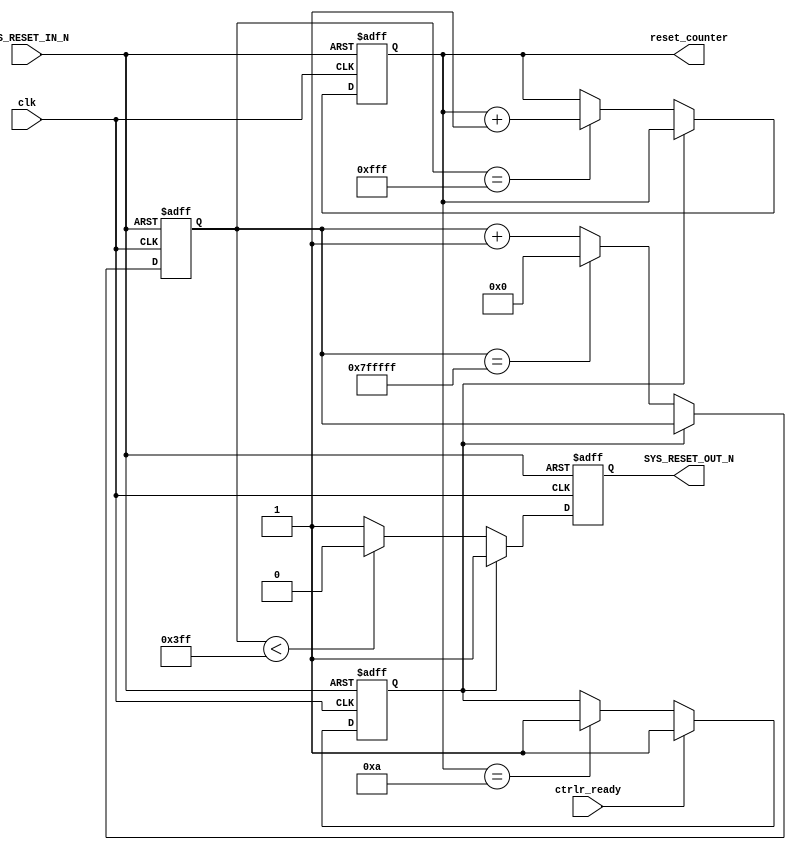
///////////////////////////////////////////////////////////////////////////////////////////////////
// Company: <Name>
//
// File history:
//      <Revision number>: <Date>: <Comments>
//      <Revision number>: <Date>: <Comments>
//      <Revision number>: <Date>: <Comments>
//
// Description: 
//
// <Description here>
//
// Targeted device: <Family::PolarFire> <Die::MPF300TS_ES> <Package::FCG1152>
//
/////////////////////////////////////////////////////////////////////////////////////////////////// 

//`timescale <time_units> / <precision>

module ddr_init_iterator( clk, SYS_RESET_IN_N, SYS_RESET_OUT_N, ctrlr_ready,reset_counter );
input clk;
input ctrlr_ready;
input SYS_RESET_IN_N;
output reg SYS_RESET_OUT_N;
output reg [3:0] reset_counter;

parameter [22:0] TIMEOUT_COUNT=23'h7FFFFF;
parameter [3:0] ITERATION_COUNT=4'hA;

reg [22:0] timeout_counter;
reg finished_iterating;

always @ (posedge clk or negedge SYS_RESET_IN_N) begin


    if(SYS_RESET_IN_N==0) begin
        timeout_counter <= 0;
        finished_iterating <= 0;
        reset_counter <= 0;
        SYS_RESET_OUT_N<= 0;
    end
    else begin

        if (finished_iterating)                     timeout_counter <= timeout_counter;
        else if (timeout_counter==TIMEOUT_COUNT)    timeout_counter <= 0;
        else                                        timeout_counter <= timeout_counter+1;

        if (finished_iterating)                 SYS_RESET_OUT_N <=1'b1;
        else if (timeout_counter < 23'h003FF)   SYS_RESET_OUT_N <=1'b0;
        else                                    SYS_RESET_OUT_N <=1'b1;

    
        if (finished_iterating)                 reset_counter <= reset_counter;
        else if (timeout_counter==23'h00FFF)    reset_counter <= reset_counter+1;
        else                                    reset_counter <= reset_counter;

    
        if (ctrlr_ready ==1'b1)                     finished_iterating<=1'b1;
        else if ( reset_counter == ITERATION_COUNT ) finished_iterating<=1'b1;
        else                                        finished_iterating<=finished_iterating;
    end
end







//<statements>

endmodule